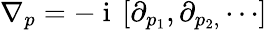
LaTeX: \nabla_{p}=-\mathrm{~i~}\left[\partial_{p_{1}},\partial_{p_{2},}\cdots\right]